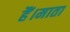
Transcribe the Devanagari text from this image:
हैं।माता